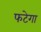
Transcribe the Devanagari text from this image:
फटेगा